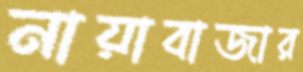
নায়াবাজার